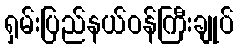
ရှမ်းပြည်နယ်ဝန်ကြီးချုပ်